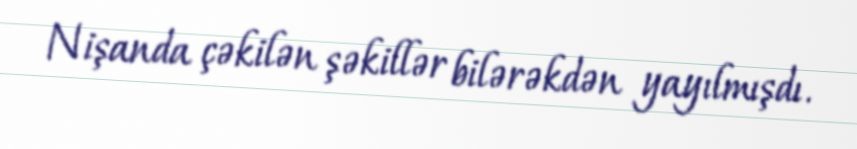
Nişanda çəkilən şəkillər bilərəkdən yayılmışdı.